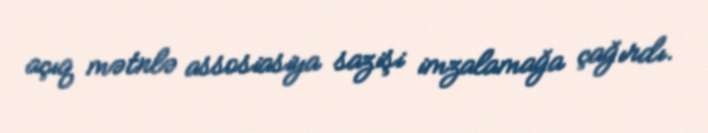
açıq mətnlə assosiasiya sazişi imzalamağa çağırdı.